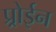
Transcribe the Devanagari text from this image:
प्र्रोईन